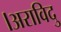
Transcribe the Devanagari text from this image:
।अराविदु